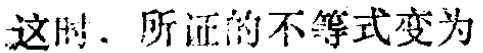
这时，所证的不等式变为